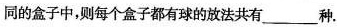
同的盒子中，则每个盒子都有球的放法共有___种.